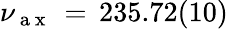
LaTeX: \nu_{\mathrm{~a~x~}}\, =\, 235.72(10)